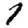
Digit: 1